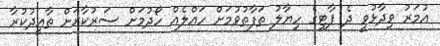
އުމަރު ވިދާޅުވީ ދެ ޕާޓީގެ ހިޔާލު ތަފާތުވުމަށް ހައްލެއް ހޯދުމަށް ސަރުކާރަށް ތާއީދުކުރާ